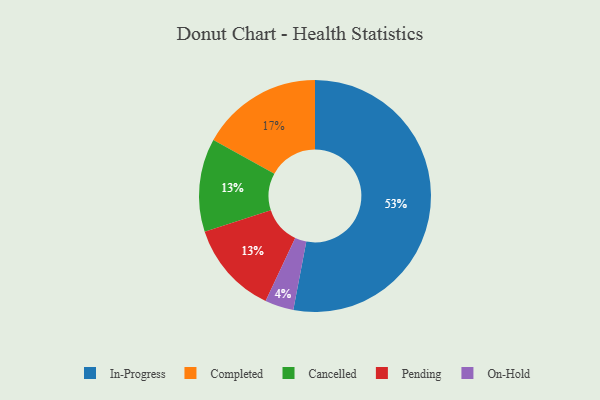
{"axis": {"x": "Category", "y": "Percentage"}, "legend": ["Cancelled", "Completed", "In-Progress", "On-Hold", "Pending"], "data": [{"x": "Completed", "y": 17, "type": "Completed"}, {"x": "Cancelled", "y": 13, "type": "Cancelled"}, {"x": "In-Progress", "y": 53, "type": "In-Progress"}, {"x": "On-Hold", "y": 4, "type": "On-Hold"}, {"x": "Pending", "y": 13, "type": "Pending"}]}